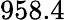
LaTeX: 958.4